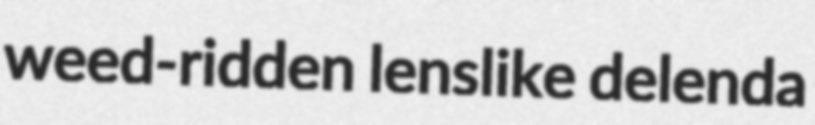
weed-ridden lenslike delenda